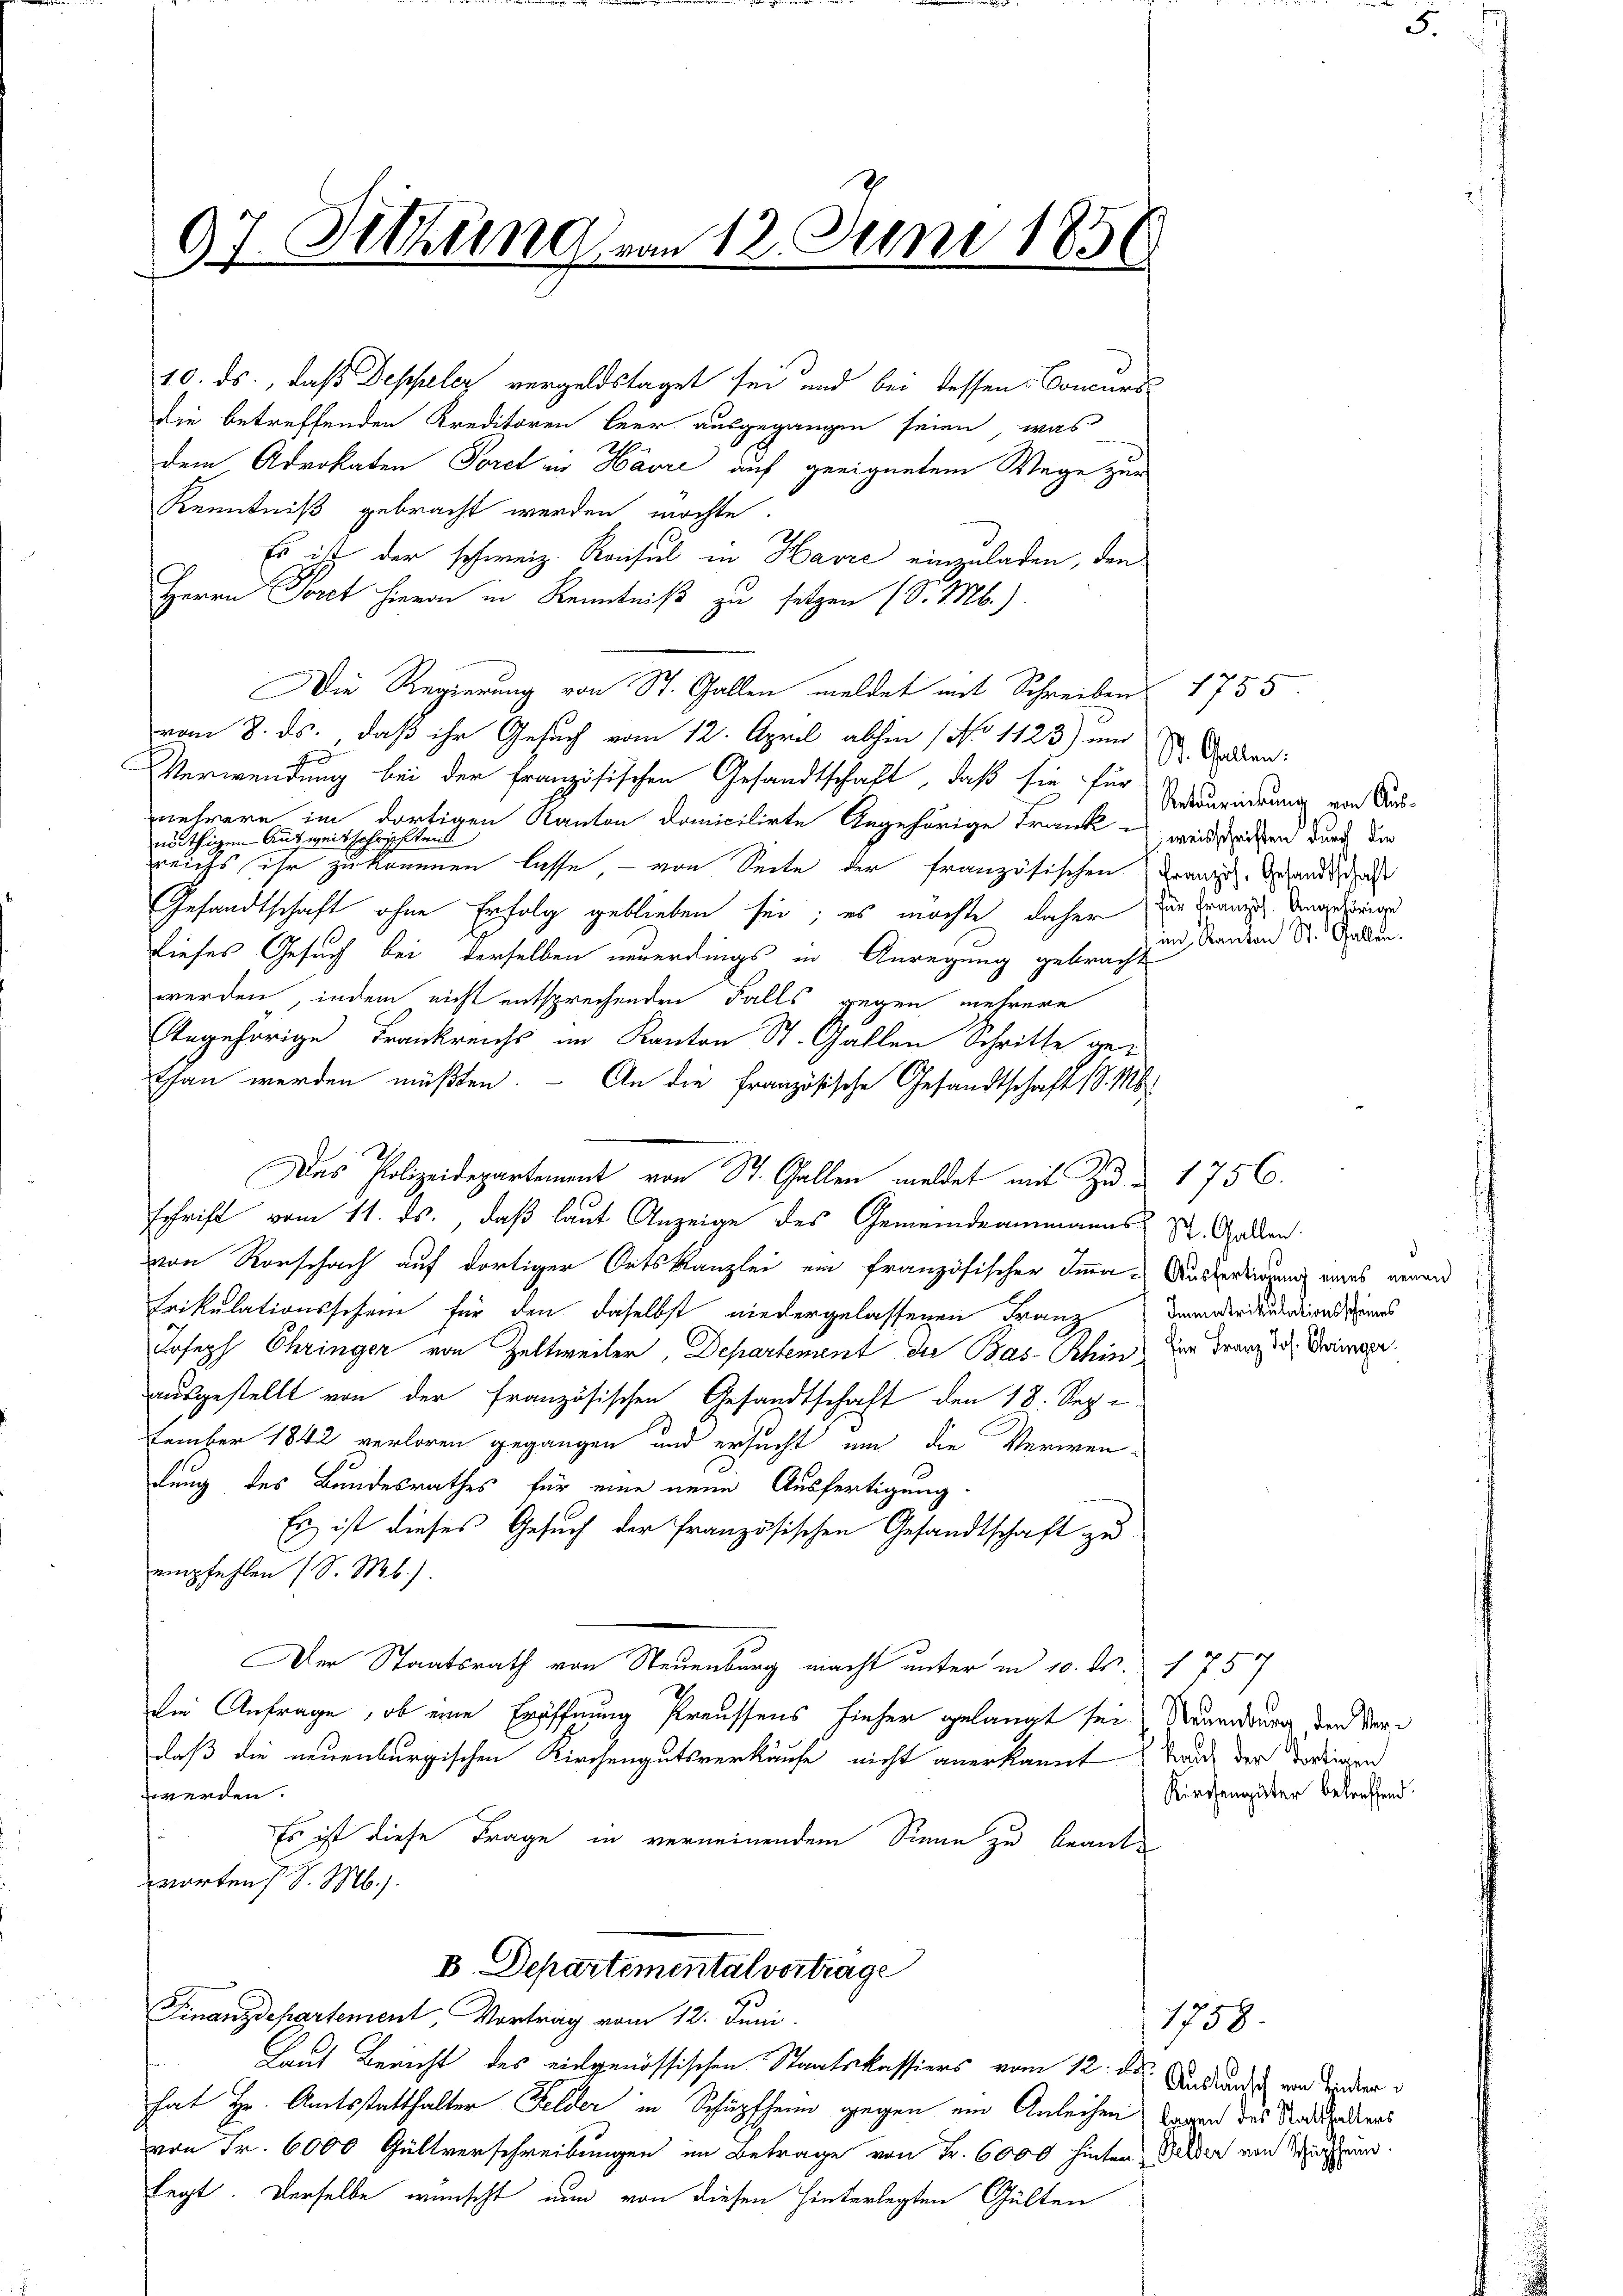
97. Setzung von 12. Juni 1856

10. ds., daß Deppeler vergeldstaget sei und bei dessen Concurs-
die betreffenden Kreditoren leer ausgegangen seien, was
t
dem Advokaten Toret in Havre auf geeignetem Wege zur
Kenntniß gebracht werden möchte.
Es ist der schweiz. Konsul in Havre einzuladen, den
Herrn Poret hievon in Kenntniß zu setzen (S. Mb.).
Die Regierung von St. Gallen meldet mit Schreiben 1755.
vom 8. ds., daß ihr Gesuch vom 12. April abhin 1 No 1123) und
Verwendung bei der französischen Gesandtschaft, daß sie für
nehrere im dortigen Kanton domicilirte Angehörige Frank weil seiten durch die
nöthigen Ausweisschriftend
eichs ihr zu kommen lasse, – von Seite der französischen Franz. Gesandtschaf
Gesandtschaft ohne Erfolg geblieben sei; es möchte daher die Franz Vadorier
1f
dieses Gesuch bei derselben neuerdings in Anregung gebracht
werden, indem nicht entsprechenden Falls gegen mehrere
Angehörige Trankreichs im Kanton St. Gallen Schritte ge-
than werden müßten. - An die Französische Gesandtschaft (S. M.
schrift vom 11. ds., daß laut Anzeige des Gemeindeammanns
von Rorschach auf dortiger Ortskanzlei ein französischer Imma- Ausfertigung eines verand
Erikulationsschein für den daselbst niedergelassenen Franz Dem diritudiens
Joseph Chringer von Zeltweiler, Departement die Bas-Schin der Franz d. Dringer
ausgestellt von der französischen Gesandtschaft den 18. Sep.
tember 1842 verloren gegangen und ersucht um die Verwen-
dung des Bundesrathes für eine neue Ausfertigung
Es ist dieses Gesuch der französischen Gesandtschaft zu
empfehlen (S. M.).
Der Staatsrath von Neuenburg macht unter in 10. Fr. 1757
der Anfrage, ob eine Eröffnung Preussens hieher gelangt sei, Neumdung, den Verdaß die neuenburgischen Kirchengutsverkaufe nicht anerkannt, tauch der dortigen
wwerden.
Es ist diese Frage in verneinendem Sinne zu beantworten d. M.
D Departemental vorträge
Finanzdepartement, Vortrag vom 12. Juni.
Laut Bericht des eidgenössischen Staatskassiers vom 12. ds. Undans von Wieder
hat Hr. Amtsstatthalter Felder in Schüpfheid gegen und Anleihen Tagen das Stadtdiens
von Fr. 6000 Gültverschreibungen im Betrage von Fr. 6000 hinten Gelder von Wesen.
legt. Derselbe wünscht nun von diesen hinterlegten Gülten

Das Polizeidepartement von St. Gallen meldet mit Zu- 1756.

St. Gallen.
Retournierung von Ausim Kanton St. Gallen.

St. Gallen.

Kirchengüter betreffend.

1759.